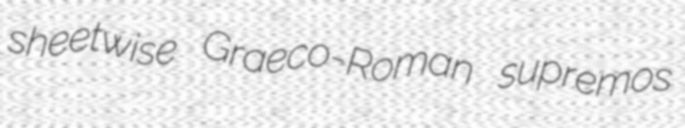
sheetwise Graeco-Roman supremos